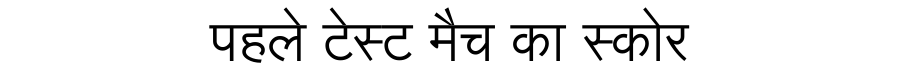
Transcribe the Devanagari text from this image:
पहले टेस्ट मैच का स्कोर